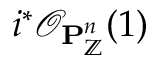
i ^ { * } { \mathcal { O } } _ { \mathbf { P } _ { \mathbb { Z } } ^ { n } } ( 1 )